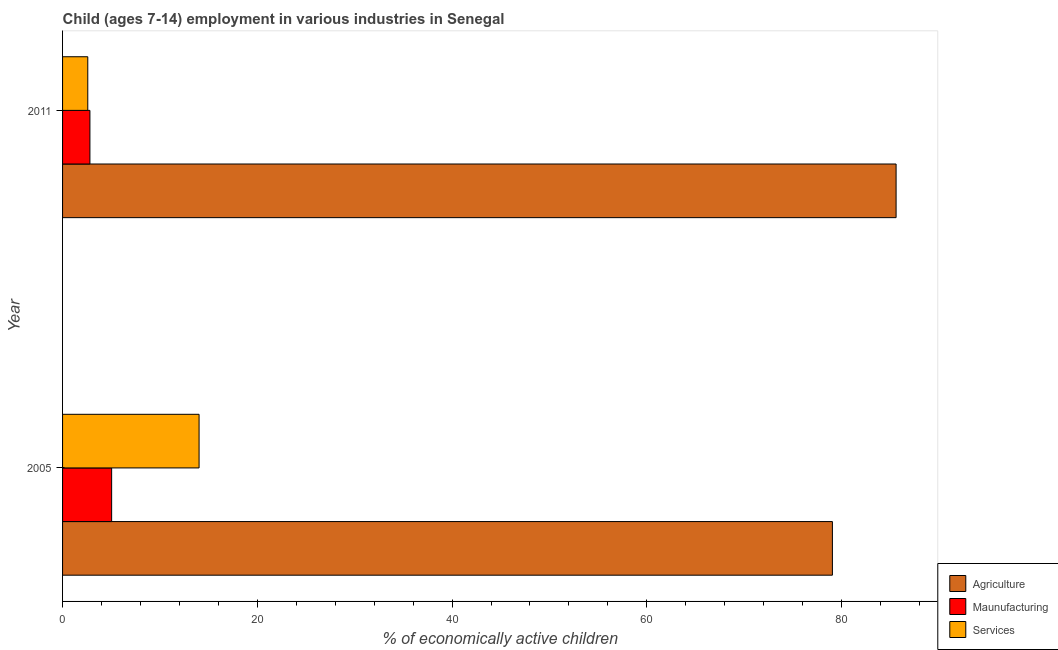
| Year | Agriculture | Maunufacturing | Services |
 | --- | --- | --- | --- |
 | 2005 | 79.1 | 5.04 | 14 |
 | 2011 | 85.6 | 2.81 | 2.59 |